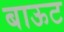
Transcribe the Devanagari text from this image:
बाऊट